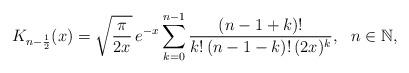
LaTeX: \begin{align*}K_{n-\frac{1}{2}}(x)=\sqrt{\frac{\pi}{2x}}\,e^{-x}\sum_{k=0}^{n-1}\frac{(n-1+k)!}{k!\,(n-1-k)!\,(2x)^{k}},\,\,\,\,n\in\mathbb{N},\end{align*}